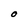
Character: O